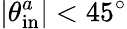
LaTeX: |\theta_{\mathrm{in}}^{a}|<45^{\circ}